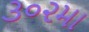
૩૦૨મા